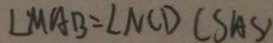
\angle M A B = \angle N C D ( S A S )